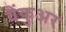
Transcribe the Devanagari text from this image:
वैंकुअर